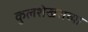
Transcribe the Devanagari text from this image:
कुलशेखराच्या